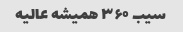
سیب ۳۶۰ همیشه عالیه